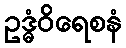
ဥဒ္ဓံဝိရေစနံ